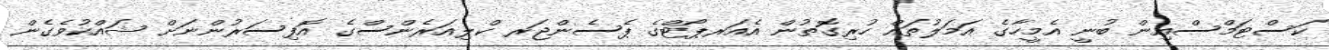
ކަސްޓަމްސްއިން ބުނީ އެމީހާގެ އަމަލުތައް ހުރިގޮތުން އެއަރޕޯޓްގެ ޕެސެންޖަރ ކްލިއަރެންސްގެ އޮފިސަރުންނަށް ޝައްކުވެގެން